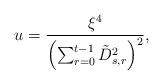
LaTeX: \begin{align*}u & =\frac{\xi^4}{\left(\sum_{r=0}^{t-1} \tilde{D}_{s,r}^2\right)^2}, \end{align*}